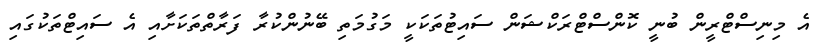
އެ މިނިސްޓްރީން ބުނީ ކޮންސްޓްރަކްޝަން ސައިޓުތަކަކީ މަގުމަތި ބޭނުންކުރާ ފަރާތްތަކަށާއި އެ ސައިޓްތަކުގައި